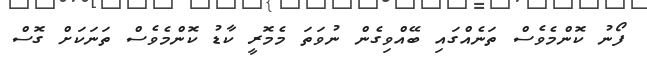
ފޯނު ކޮންމެވެސް ތަނެއްގައި ބޭއްވިގެން ނުވަތަ މެމޮރީ ކާޑު ކޮންމެވެސް ތަނަކަށް ގޮސް